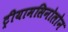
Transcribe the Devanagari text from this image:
ट्रीयामसिनोलोन